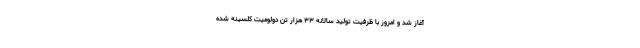
آغاز شد و امروز با ظرفیت تولید سالانه ۳۳ هزار تن دولومیت کلسینه شده